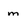
Character: m